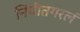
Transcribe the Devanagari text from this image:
निपीतगरलं